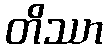
တိဿာ